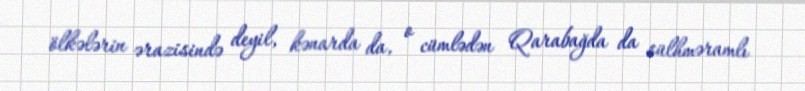
ölkələrin ərazisində deyil, kənarda da, o cümlədən Qarabağda da sülhməramlı